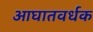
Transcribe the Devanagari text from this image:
आघातवर्धक